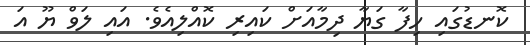
ކޮނޑުގައި ހިފާ ގަޔާ ދިމާއަށް ކައިރި ކޮއްލިއެވެ. އައި ލަވް ޔޫ އަ